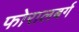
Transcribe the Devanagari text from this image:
फोरालबर्ग